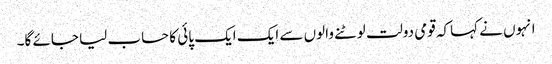
انہوں نے کہاکہ قومی دولت لوٹنے والوں سے ایک ایک پائی کا حساب لیا جائے گا۔